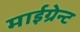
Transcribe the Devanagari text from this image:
माईग्रेन्ट